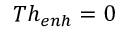
T h _ { e n h } = 0